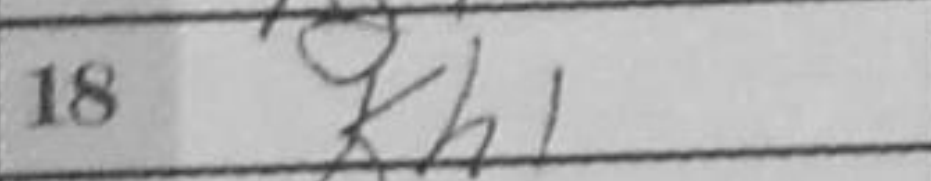
Transcription: Kh1